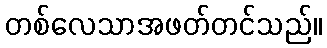
တစ်လေသာအဖတ်တင်သည်။